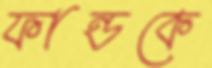
ফান্ডকে